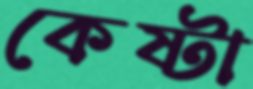
কেষ্টা